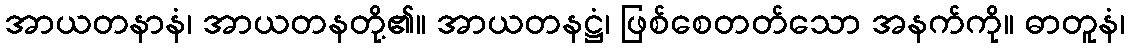
အာယတနာနံ၊ အာယတနတို့၏။ အာယတနဋ္ဌံ၊ ဖြစ်စေတတ်သော အနက်ကို။ ဓာတူနံ၊